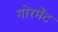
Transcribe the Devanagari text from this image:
गोरमेंट